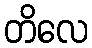
တိလေ